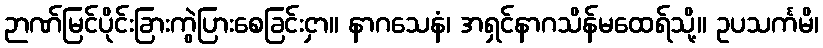
ဉာဏ်မြင်ပိုင်းခြားကွဲပြားစေခြင်းငှာ။ နာဂသေနံ၊ အရှင်နာဂသိန်မထေရ်သို့။ ဥပသင်္ကမိ၊